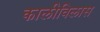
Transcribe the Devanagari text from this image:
कालीविलास